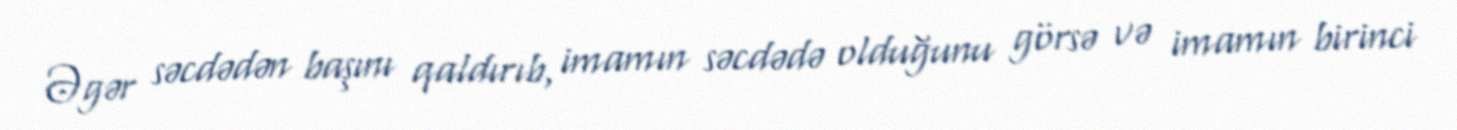
Əgər səcdədən başını qaldırıb, imamın səcdədə olduğunu görsə və imamın birinci